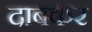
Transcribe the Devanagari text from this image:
दाबकर